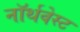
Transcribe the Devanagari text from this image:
नॉर्थवेस्‍ट